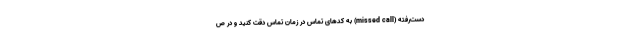
دست‌رفته (missed call) به کدهای تماس در زمان تماس دقت کنید و در ص